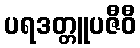
ပရဒတ္တူပဇီဝီ